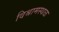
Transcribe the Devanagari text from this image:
विश्रामस्थळ